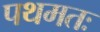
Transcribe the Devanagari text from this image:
पथमतः